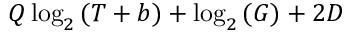
Q \log _ { 2 } { ( T + b ) } + \log _ { 2 } { ( G ) } + 2 D